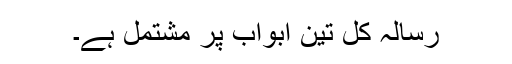
رسالہ کل تین ابواب پر مشتمل ہے۔